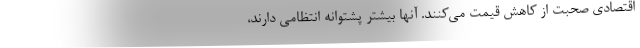
اقتصادی صحبت از کاهش قیمت می‌کنند. آنها بیشتر پشتوانه انتظامی دارند،